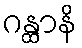
ဂန္ထာနိ